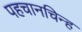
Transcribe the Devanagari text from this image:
पहचानचिन्ह